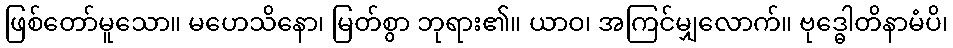
ဖြစ်တော်မူသော။ မဟေသိနော၊ မြတ်စွာ ဘုရား၏။ ယာဝ၊ အကြင်မျှလောက်။ ဗုဒ္ဓေါတိနာမံပိ၊